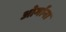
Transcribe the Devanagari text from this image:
ओर्गाना